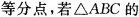
等分点，若\bigtriangleupABC的